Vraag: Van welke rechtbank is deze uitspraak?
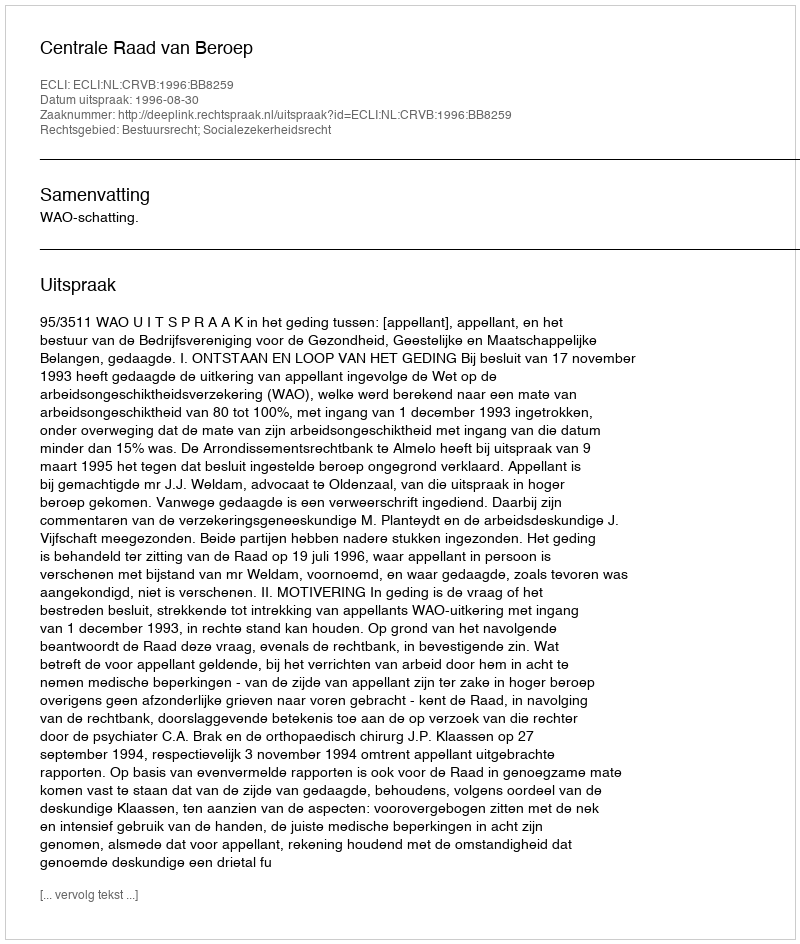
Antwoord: Centrale Raad van Beroep